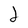
Character: 2